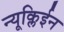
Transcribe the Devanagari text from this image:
न्यूक्लिईन